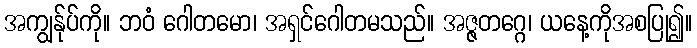
အကျွန်ုပ်ကို။ ဘဝံ ဂေါတမော၊ အရှင်ဂေါတမသည်။ အဇ္ဇတဂ္ဂေ၊ ယနေ့ကိုအစပြု၍။